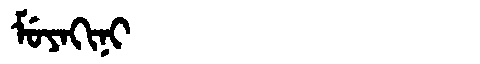
Manchu: ᠮᡠᠶᠠᡴᡳᠨᡳ
Romanization: MUYAKINI